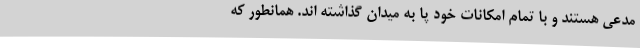
مدعی هستند و با تمام امکانات خود پا به میدان گذاشته اند. همانطور که